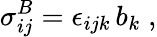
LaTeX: {\sigma}_{ij}^{B}={\epsilon}_{ijk}\, b_{k}\; ,